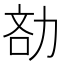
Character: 𠡧